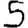
Digit: 5